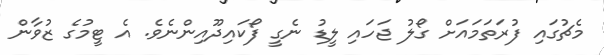
މެޗުގައި ފުރަތަމައަށް ގޯލު ޖަހައި ލީޑު ނެގީ ފޯކައިދޫއިންނެވެ. އެ ޓީމުގެ ޒުވާން